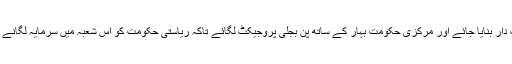
بہار کو پن بجلی پروجیکٹ میں شراکت دار بنایا جائے اور مرکزی حکومت بہار کے ساتھ پن بجلی پروجیکٹ لگائے تاکہ ریاستی حکومت کو اس شعبہ میں سرمایہ لگانے اور اس سے فائدہ اٹھانے کا موقع ملے۔